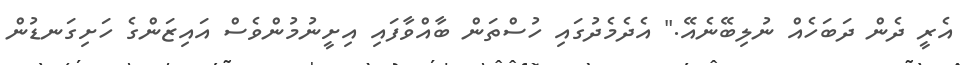
އެރީ ދެން ދަބަހެއް ނުލިބޭނެއޭ." އެދެމެދުގައި ހުސްތަން ބާއްވާފައި އިށީނުމުންވެސް އައިޒަންގެ ހަށިގަނޑުން